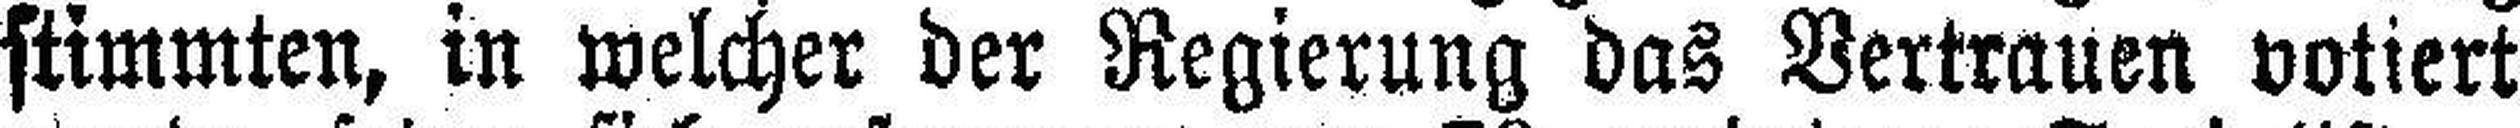
stimmten, in welcher der Regierung das Vertrauen votiert